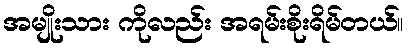
အမျိုးသား ကိုလည်း အရမ်းစိုးရိမ်တယ်။